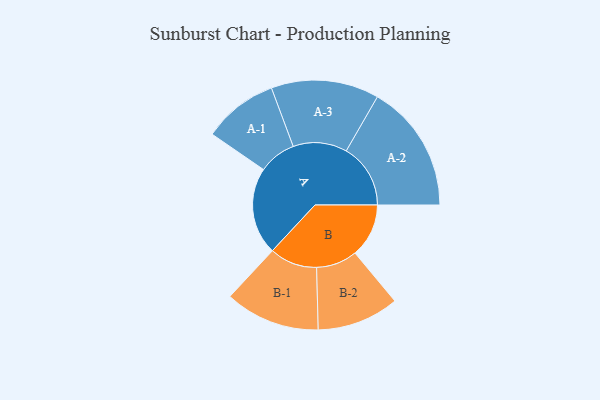
{"axis": {"x": "Segment", "y": "Value"}, "legend": ["", "A", "B"], "data": [{"x": "A", "y": 398, "type": ""}, {"x": "B", "y": 245, "type": ""}, {"x": "A-1", "y": 171, "type": "A"}, {"x": "A-2", "y": 293, "type": "A"}, {"x": "A-3", "y": 246, "type": "A"}, {"x": "B-1", "y": 217, "type": "B"}, {"x": "B-2", "y": 187, "type": "B"}]}